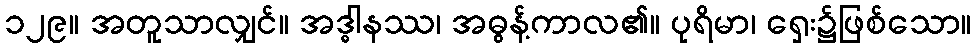
၁၂၉။ အတူသာလျှင်။ အဒ္ဓါနဿ၊ အဓွန့်ကာလ၏။ ပုရိမာ၊ ရှေး၌ဖြစ်သော။